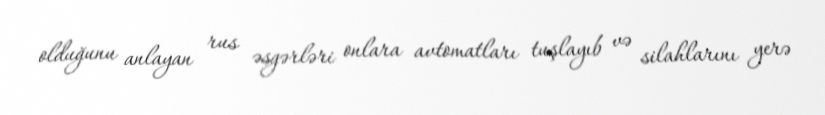
olduğunu anlayan rus əsgərləri onlara avtomatları tuşlayıb və silahlarını yerə